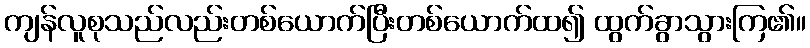
ကျန်လူစုသည်လည်းတစ်ယောက်ပြီးတစ်ယောက်ထ၍ ထွက်ခွာသွားကြ၏။